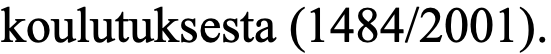
koulutuksesta (1484/2001).